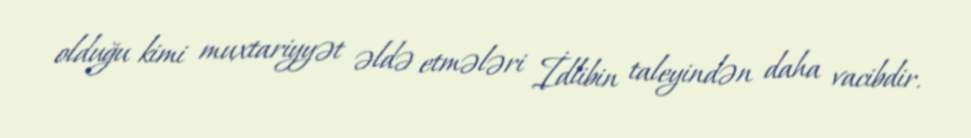
olduğu kimi muxtariyyət əldə etmələri İdlibin taleyindən daha vacibdir.